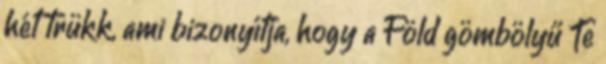
hét trükk, ami bizonyítja, hogy a Föld gömbölyű Te